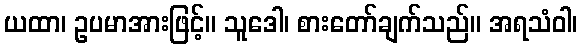
ယထာ၊ ဥပမာအားဖြင့်။ သူဒေါ၊ စားတော်ချက်သည်။ အရသံဝါ၊